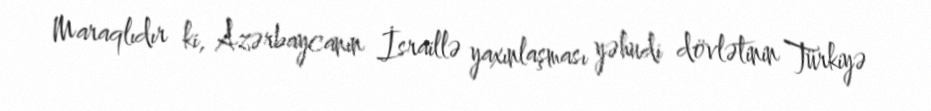
Maraqlıdır ki, Azərbaycanın İsraillə yaxınlaşması yəhudi dövlətinin Türkiyə